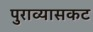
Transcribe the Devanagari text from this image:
पुराव्यासकट